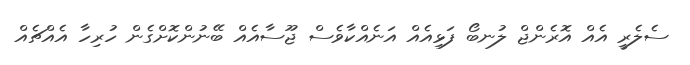
ސެލެރީ އެއް އޮރެންޖް ލުނބޯ ފަޅިއެއް އަނެއްކާވެސް ޖޫސާއެއް ބޭނުންކޮށްގެން ހުރިހާ އެއްޗެއް